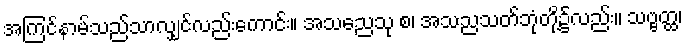
အကြင်နာမ်သည်သာလျှင်လည်းကောင်း။ အသညေသု စ၊ အသညသတ်ဘုံတို့၌လည်း။ သဗ္ဗတ္ထ၊